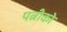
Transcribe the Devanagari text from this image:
पत्नीको